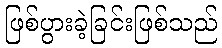
ဖြစ်ပွားခဲ့ခြင်းဖြစ်သည်